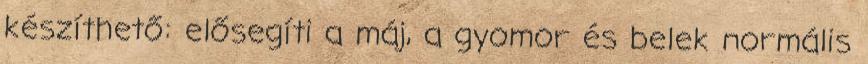
készíthető: elősegíti a máj, a gyomor és belek normális